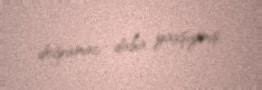
doğramac daha yaxşıymış.